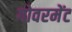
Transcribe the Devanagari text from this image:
गोवरमेंट